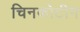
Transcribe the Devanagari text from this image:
चिनकोटीग